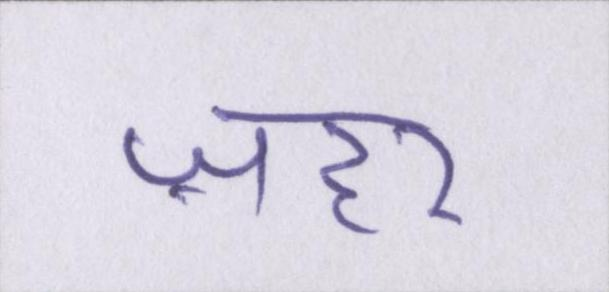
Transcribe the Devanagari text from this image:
ज़हर